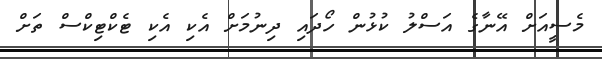
މެސީއަށް އޭނާގެ އަސްލު ކުޅުން ހޯދައި ދިނުމަށް އެކި އެކި ޓެކްޓިކްސް ތަށް